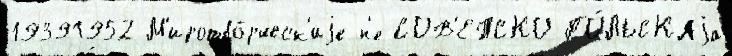
19391952 М'иротво́рческ'иjе н'е СОВ'ЕТСКО-ПО́ЛЬСКАjа